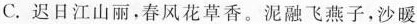
C.迟日江山丽，春风花草香。泥融飞燕子，沙暖